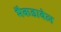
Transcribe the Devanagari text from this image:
मैकडाबेल